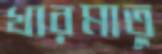
খারমাতু